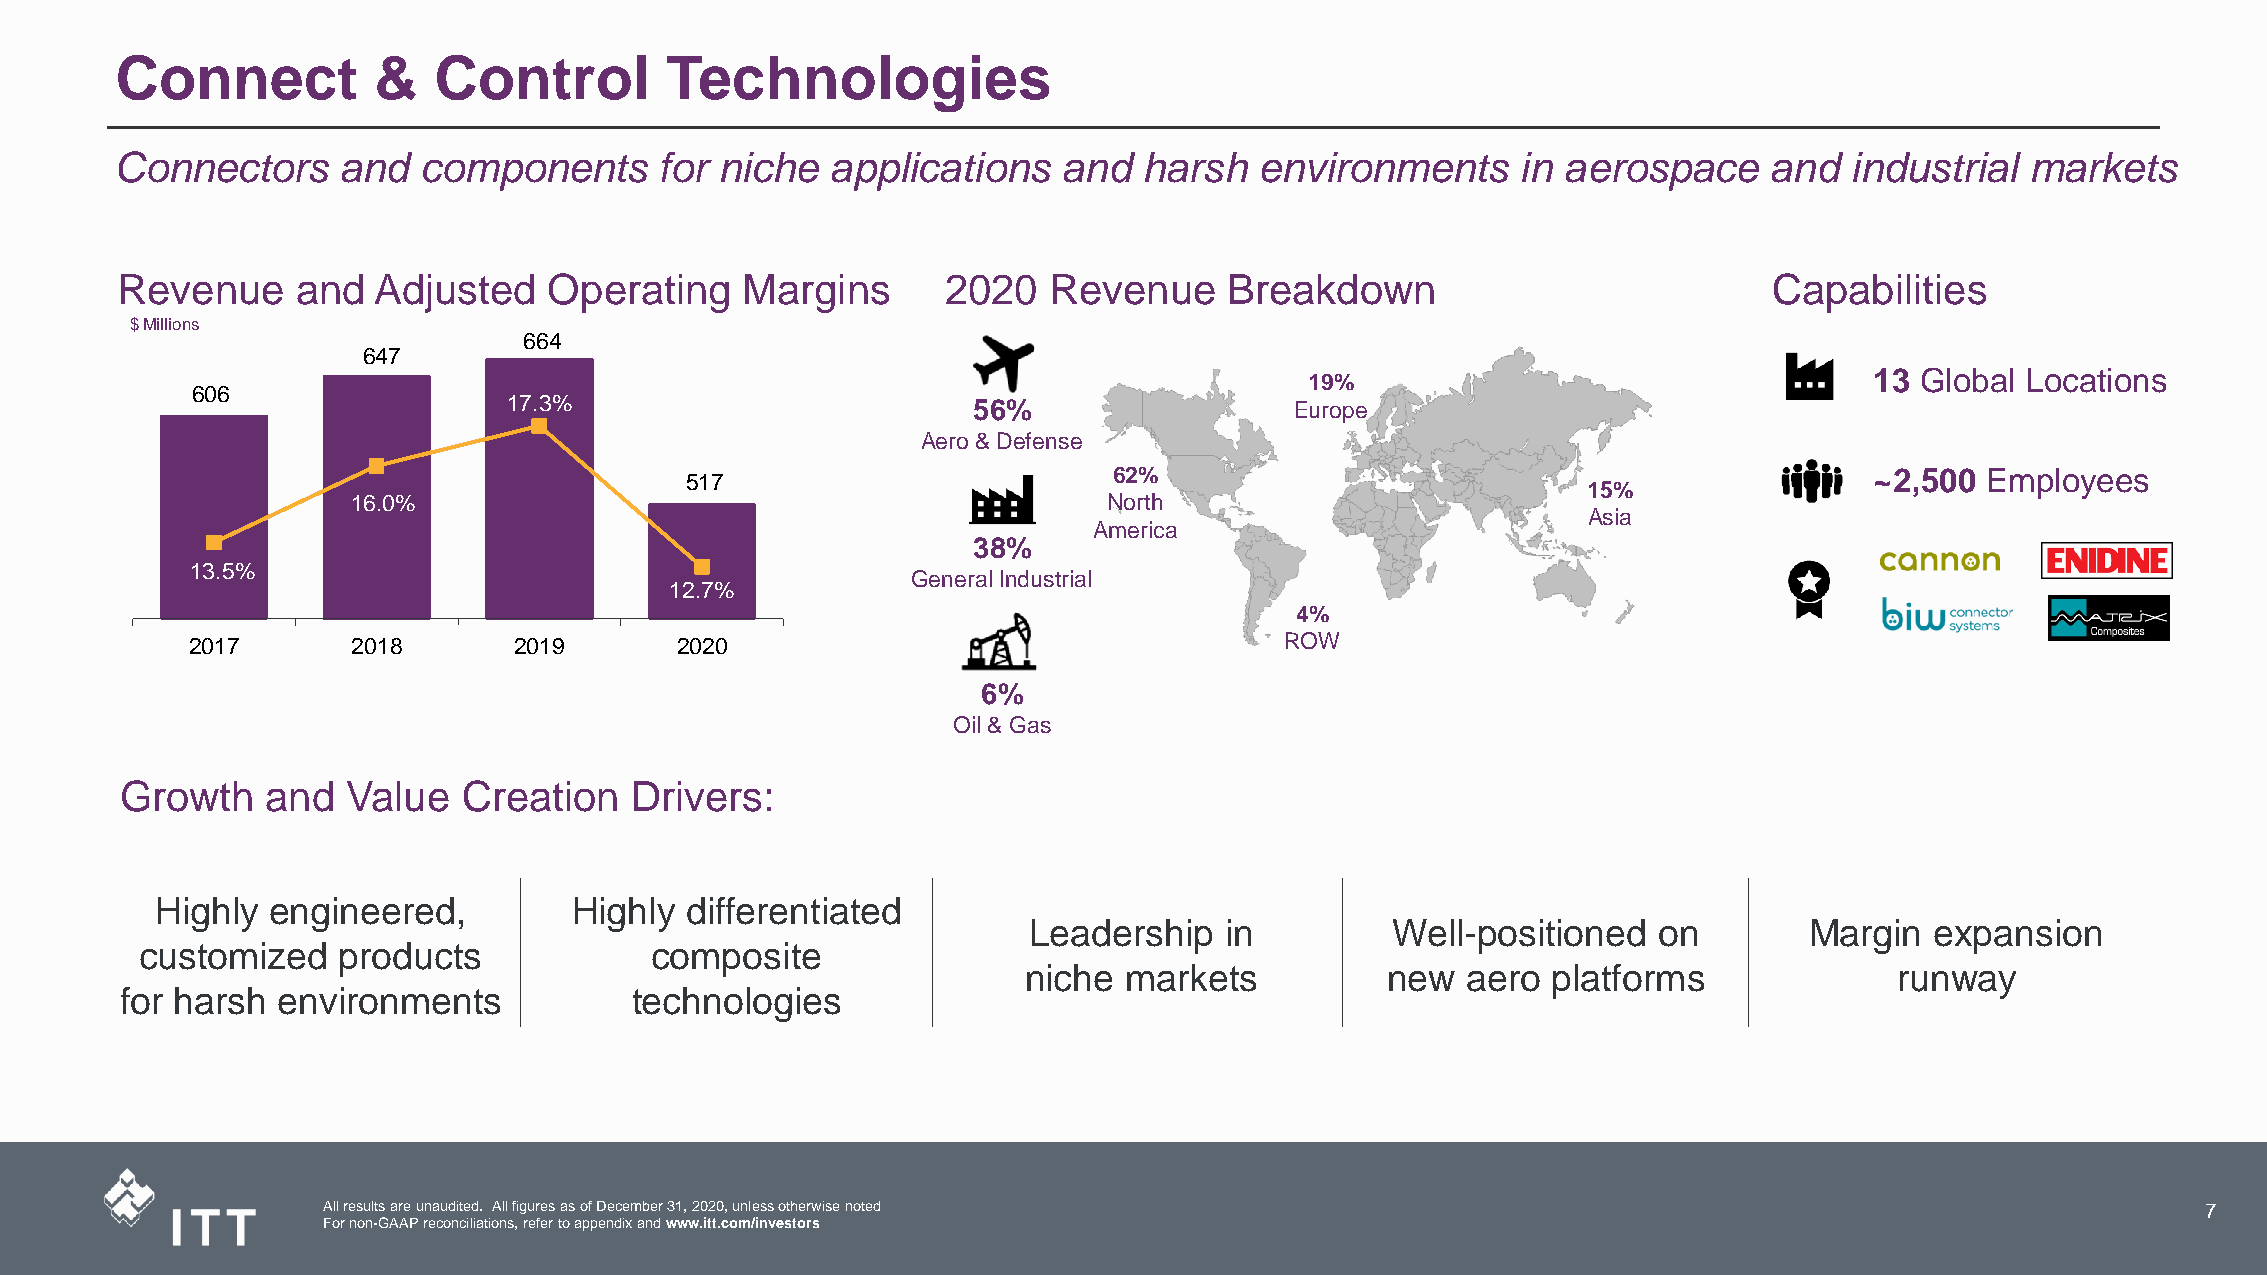
Connect          &   Control        Technologies
 Connectors    and   components      for niche  applications   and   harsh  environments      in aerospace    and  industrial  markets
 Revenue     and  Adjusted   Operating    Margins       2020  Revenue     Breakdown                           Capabilities
 $ Millions
 664
 647
 13 Global Locations
 19%
 606
 17.3%                         56%                   Europe
 15%
 Aero & Defense         NA
 62%                                               ~2,500 Employees
 517
 15%
 16.0%                                             North
 Asia
 America 21%
 38%
 Asia
 13.5%
 General Industrial
 12.7%
 63%
 4%
 Europe
 2017       2018       2019       2020                                    ROW
 6%
 Oil & Gas
 Growth    and  Value   Creation   Drivers:
 Highly  engineered,         Highly differentiated
 Leadership   in         Well-positioned   on        Margin  expansion
 customized   products             composite
 niche markets           new  aero  platforms              runway
 for harsh environments            technologies
 All results are unaudited. All figures as of December 31, 2020, unless otherwise noted                 3                     7
 For non-GAAP reconciliations, refer to appendix and www.itt.com/investors